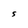
Character: S